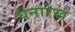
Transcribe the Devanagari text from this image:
घनारेख